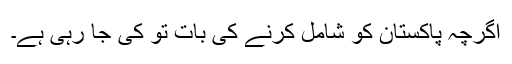
اگرچہ پاکستان کو شامل کرنے کی بات تو کی جا رہی ہے۔